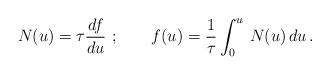
LaTeX: \begin{align*}N(u) = \tau {df \over du}\ ; \qquad f(u) = {1 \over \tau} \int_0^u\,N(u) \, du\, .\end{align*}